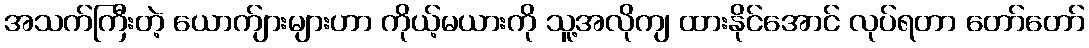
အသက်ကြီးတဲ့ ယောက်ျားများဟာ ကိုယ့်မယားကို သူ့အလိုကျ ထားနိုင်အောင် လုပ်ရတာ တော်တော်